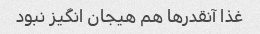
غذا آنقدرها هم هیجان انگیز نبود